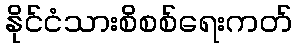
နိုင်ငံသားစိစစ်ရေးကတ်